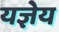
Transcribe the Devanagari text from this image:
यज्ञेय